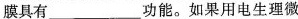
膜具有___功能。如果用电生理微